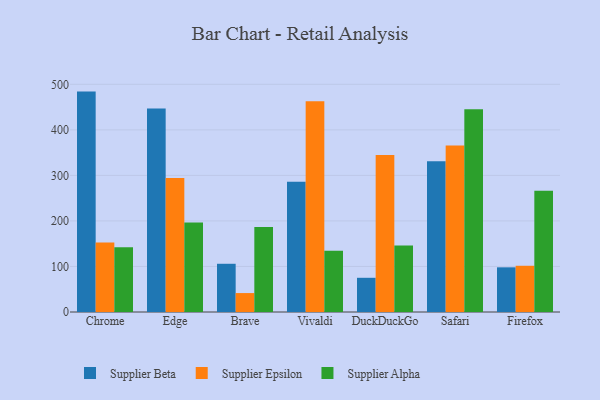
{"axis": {"x": "Browser", "y": "Inventory Turnover"}, "legend": ["Supplier Alpha", "Supplier Beta", "Supplier Epsilon"], "data": [{"x": "Chrome", "y": 484.0, "type": "Supplier Beta"}, {"x": "Chrome", "y": 152.7, "type": "Supplier Epsilon"}, {"x": "Chrome", "y": 142.1, "type": "Supplier Alpha"}, {"x": "Edge", "y": 446.8, "type": "Supplier Beta"}, {"x": "Edge", "y": 294.5, "type": "Supplier Epsilon"}, {"x": "Edge", "y": 196.5, "type": "Supplier Alpha"}, {"x": "Brave", "y": 105.9, "type": "Supplier Beta"}, {"x": "Brave", "y": 41.6, "type": "Supplier Epsilon"}, {"x": "Brave", "y": 186.6, "type": "Supplier Alpha"}, {"x": "Vivaldi", "y": 286.2, "type": "Supplier Beta"}, {"x": "Vivaldi", "y": 462.6, "type": "Supplier Epsilon"}, {"x": "Vivaldi", "y": 134.7, "type": "Supplier Alpha"}, {"x": "DuckDuckGo", "y": 75.1, "type": "Supplier Beta"}, {"x": "DuckDuckGo", "y": 344.9, "type": "Supplier Epsilon"}, {"x": "DuckDuckGo", "y": 146.2, "type": "Supplier Alpha"}, {"x": "Safari", "y": 331.3, "type": "Supplier Beta"}, {"x": "Safari", "y": 365.5, "type": "Supplier Epsilon"}, {"x": "Safari", "y": 445.5, "type": "Supplier Alpha"}, {"x": "Firefox", "y": 98.1, "type": "Supplier Beta"}, {"x": "Firefox", "y": 101.5, "type": "Supplier Epsilon"}, {"x": "Firefox", "y": 266.4, "type": "Supplier Alpha"}]}